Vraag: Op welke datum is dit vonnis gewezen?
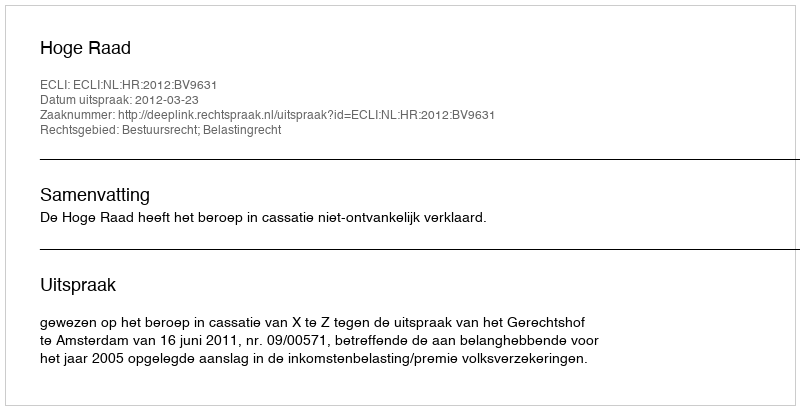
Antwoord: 2012-03-23